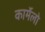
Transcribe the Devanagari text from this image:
कार्मेलो